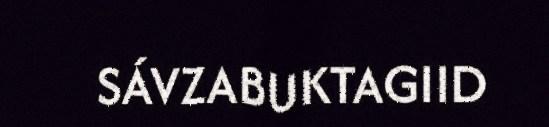
SÁVZABUKTAGIID